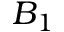
B _ { 1 }